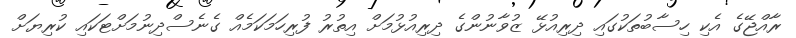
ރާއްޖޭގެ އެކި ހިސާބުތަކުގައި ދިރިއުޅޭ ޒުވާނުންގެ ދިރިއުޅުމަށް އިތުރު ފުރިހަމަކަމެއް ގެނެސްދިނުމަށްޓަކައި ކުރިޔަށް